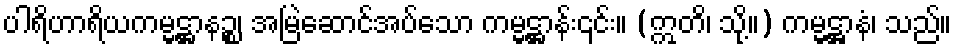
ပါရိဟာရိယကမ္မဋ္ဌာနဉ္စ၊ အမြဲဆောင်အပ်သော ကမ္မဋ္ဌာန်း၎င်း။ (ဣတိ၊ သို့။) ကမ္မဋ္ဌာနံ၊ သည်။